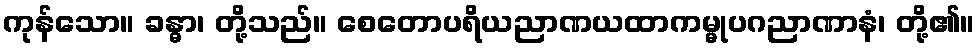
ကုန်သော။ ခန္ဓာ၊ တို့သည်။ စေတောပရိယညာဏယထာကမ္မုပဂညာဏာနံ၊ တို့၏။